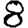
Digit: 8